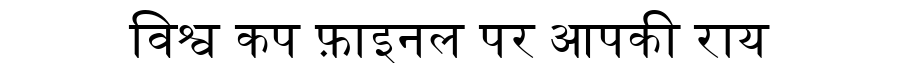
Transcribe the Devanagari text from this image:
विश्व कप फ़ाइनल पर आपकी राय